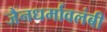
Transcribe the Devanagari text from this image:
जैनधर्मावलंबी